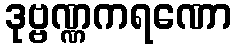
ဒုဗ္ဗဏ္ဏကရဏော